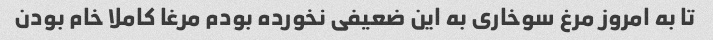
تا به امروز مرغ سوخاری به این ضعیفی نخورده بودم مرغا کاملا خام بودن